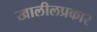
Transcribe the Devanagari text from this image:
खालीलप्रकारे